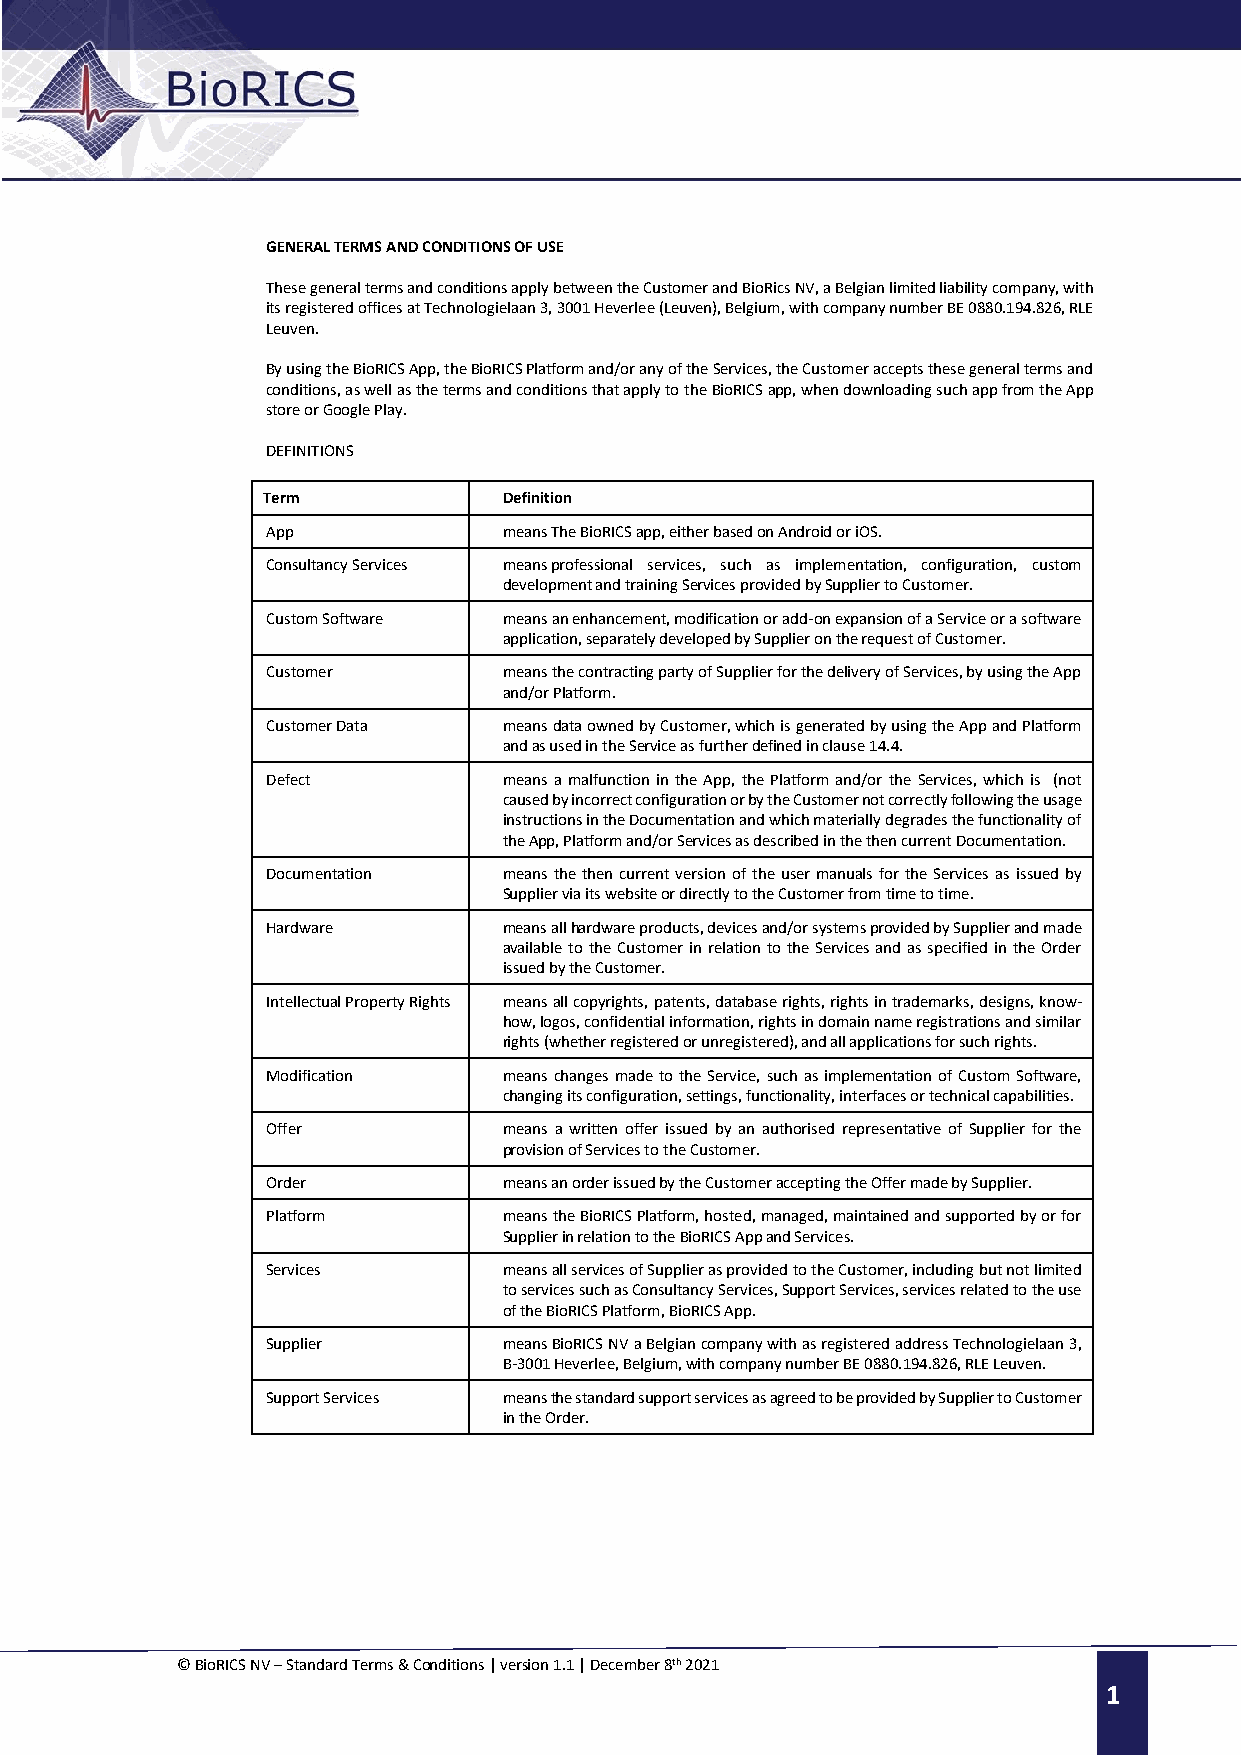
GENERAL TERMS AND CONDITIONS OF USE
 These general terms and conditions apply between the Customer and BioRics NV, a Belgian limited liability company, with
 its registered offices at Technologielaan 3, 3001 Heverlee (Leuven), Belgium, with company number BE 0880.194.826, RLE
 Leuven.
 By using the BioRICS App, the BioRICS Platform and/or any of the Services, the Customer accepts these general terms and
 conditions, as well as the terms and conditions that apply to the BioRICS app, when downloading such app from the App
 store or Google Play.
 DEFINITIONS
 Term            Definition
 App            means The BioRICS app, either based on Android or iOS.
 Consultancy Services means professional services, such as implementation, configuration, custom
 development and training Services provided by Supplier to Customer.
 Custom Software means an enhancement, modification or add-on expansion of a Service or a software
 application, separately developed by Supplier on the request of Customer.
 Customer       means the contracting party of Supplier for the delivery of Services, by using the App
 and/or Platform.
 Customer Data  means data owned by Customer, which is generated by using the App and Platform
 and as used in the Service as further defined in clause 14.4.
 Defect         means a malfunction in the App, the Platform and/or the Services, which is (not
 caused by incorrect configuration or by the Customer not correctly following the usage
 instructions in the Documentation and which materially degrades the functionality of
 the App, Platform and/or Services as described in the then current Documentation.
 Documentation  means the then current version of the user manuals for the Services as issued by
 Supplier via its website or directly to the Customer from time to time.
 Hardware       means all hardware products, devices and/or systems provided by Supplier and made
 available to the Customer in relation to the Services and as specified in the Order
 issued by the Customer.
 Intellectual Property Rights means all copyrights, patents, database rights, rights in trademarks, designs, know-
 how, logos, confidential information, rights in domain name registrations and similar
 rights (whether registered or unregistered), and all applications for such rights.
 Modification   means changes made to the Service, such as implementation of Custom Software,
 changing its configuration, settings, functionality, interfaces or technical capabilities.
 Offer          means a written offer issued by an authorised representative of Supplier for the
 provision of Services to the Customer.
 Order          means an order issued by the Customer accepting the Offer made by Supplier.
 Platform       means the BioRICS Platform, hosted, managed, maintained and supported by or for
 Supplier in relation to the BioRICS App and Services.
 Services       means all services of Supplier as provided to the Customer, including but not limited
 to services such as Consultancy Services, Support Services, services related to the use
 of the BioRICS Platform, BioRICS App.
 Supplier       means BioRICS NV a Belgian company with as registered address Technologielaan 3,
 B-3001 Heverlee, Belgium, with company number BE 0880.194.826, RLE Leuven.
 Support Services means the standard support services as agreed to be provided by Supplier to Customer
 in the Order.
 © BioRICS NV – Standard Terms & Conditions | version 1.1 | December 8th 2021 1
 1     f
 f
 f